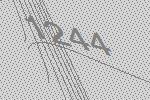
1244